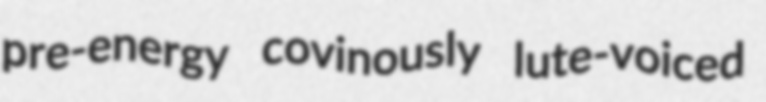
pre-energy covinously lute-voiced